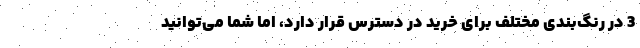
3 در رنگ‌بندی مختلف برای خرید در دسترس قرار دارد، اما شما می‌توانید